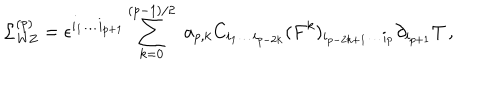
{ \cal L } _ { \mathrm { W Z } } ^ { ( p ) } = \epsilon ^ { i _ { 1 } \ldots i _ { p + 1 } } \sum _ { k = 0 } ^ { ( p - 1 ) / 2 } \, \, a _ { p , k } C _ { i _ { 1 } \ldots i _ { p - 2 k } } ( F ^ { k } ) _ { i _ { p - 2 k + 1 } \ldots i _ { p } } \partial _ { i _ { p + 1 } } T \, ,